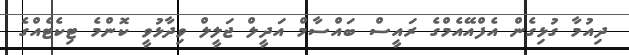
ދިއުމާ ގުޅިގެން އެފްއޭއެމްގެ ރައީސް ބައްސާމް އަދީލް ޖަލީލް ވިދާޅުވީ ކޮންމެ ޓިކެޓެއްގެ